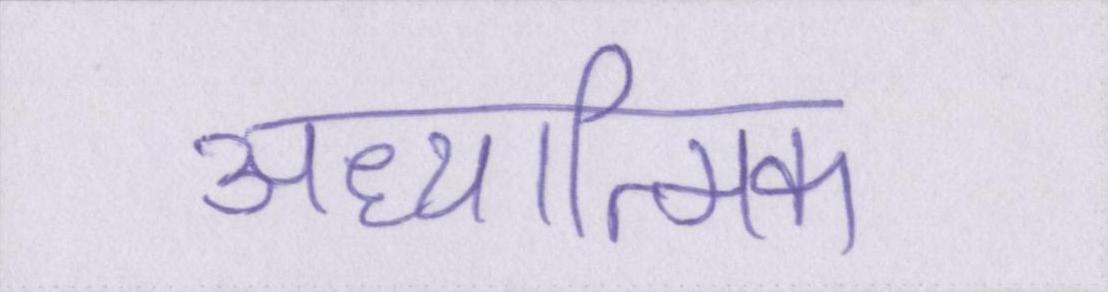
अध्यात्मिक